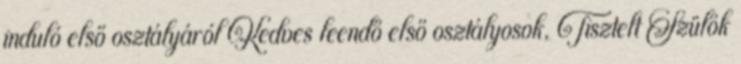
induló első osztályáról Kedves leendő első osztályosok, Tisztelt Szülők